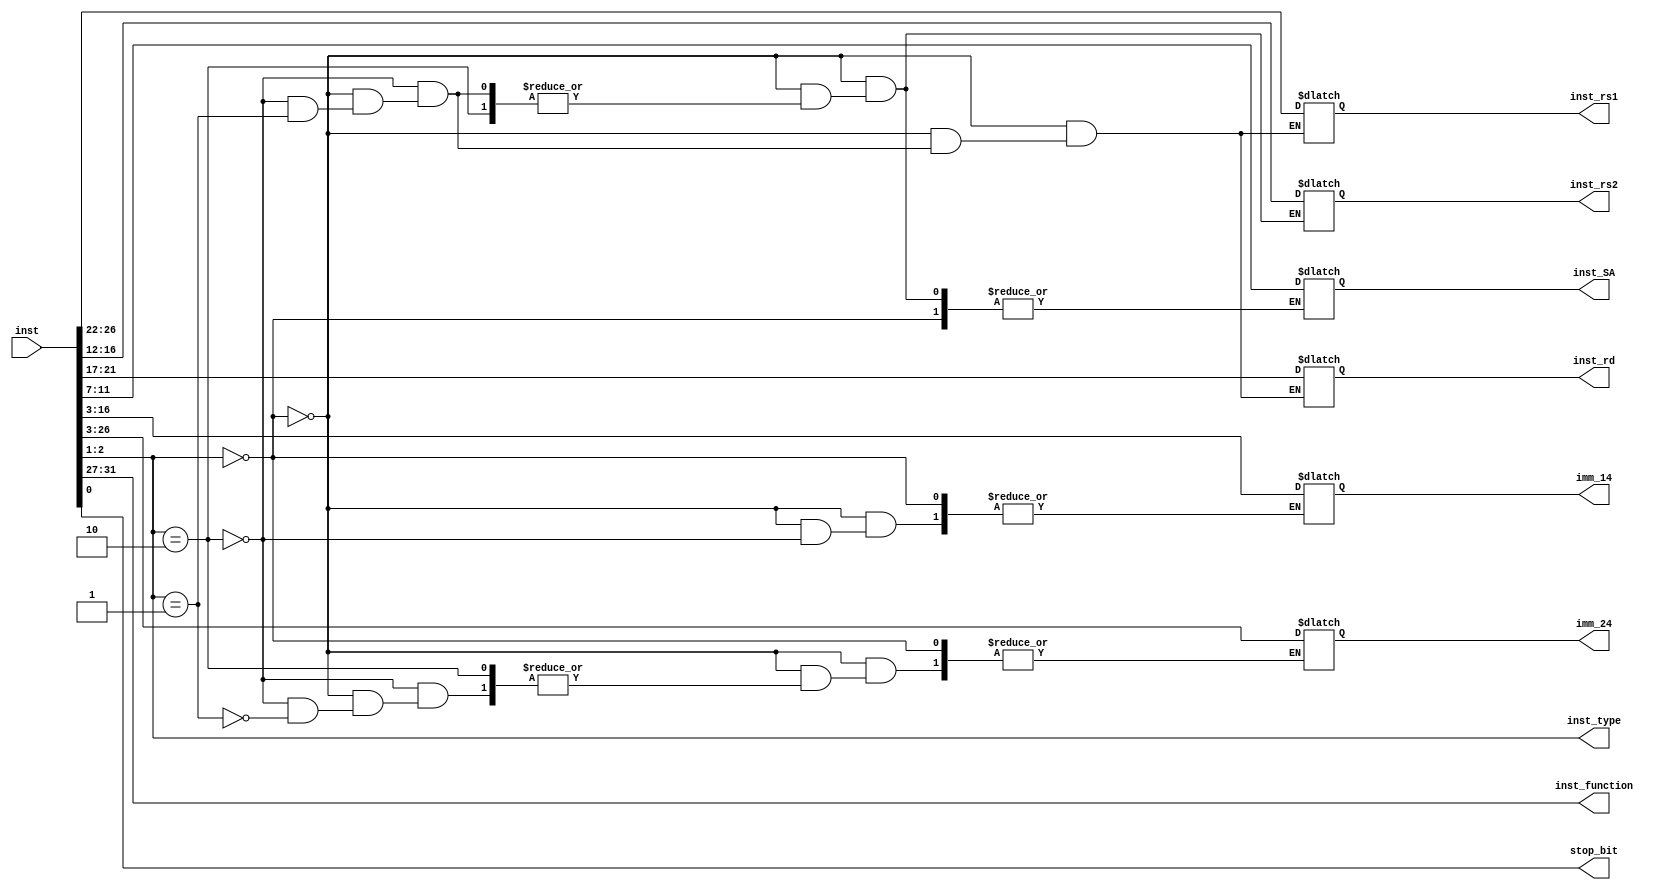
module IR(inst ,  inst_function , inst_rs1 , inst_rs2 , inst_rd ,  inst_type , stop_bit , imm_14 , imm_24 , inst_SA); 
	input      [32-1:0]   inst; 
	output reg [5-1:0] inst_function ; 
	output reg [5-1:0] inst_rs1 , inst_rs2 , inst_rd ;
	output reg [2-1:0] inst_type ; 
	output reg [5-1:0] inst_SA ;
	output reg [14-1:0] imm_14 ; 
	output reg [24-1:0] imm_24 ; 
	output reg stop_bit ; 
	
	parameter R_TYPE = 2'b00;
	parameter I_TYPE = 2'b10;
	parameter J_TYPE = 2'b01;
	parameter S_TYPE = 2'b11;
	
	always @(inst)
	begin 
		inst_type = inst[2:1] ; 	
		inst_function = inst[31:27]; 
		stop_bit = inst[0]; 
		if (inst_type == R_TYPE)begin 
			inst_rs1 = inst[26:22] ; 
			inst_rd = inst[21:17] ; 
			inst_rs2 = inst[16:12] ; 
		end    
		else if (inst_type == I_TYPE)begin 
			inst_rs1 = inst[26:22] ; 
			inst_rd = inst[21:17] ; 
			imm_14 = inst[16:3]; 
		end 
		else if (inst_type == J_TYPE)begin 
			imm_24 = inst[26:3] ; 
		end 					  
	    else begin 
		   	inst_rs1 = inst[26:22] ; 
			inst_rd = inst[21:17] ; 
			inst_rs2 = inst[16:12] ; 
			inst_SA = inst[11:7]; 
		end
	end	
	
	
	
endmodule